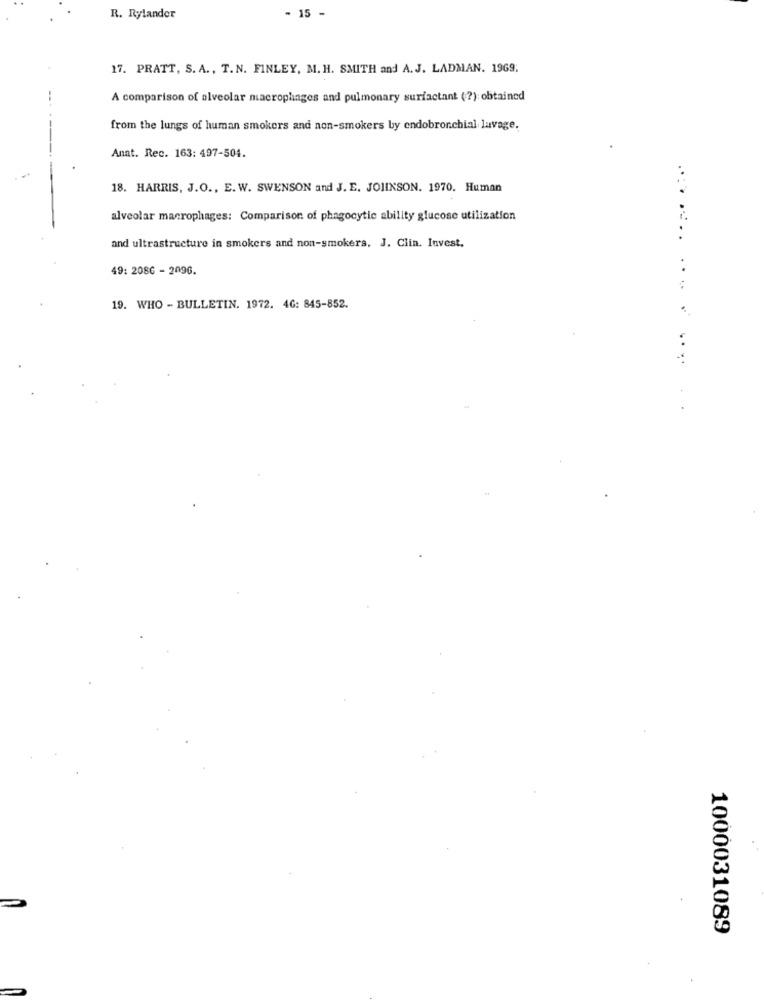
R. Rylander
15 -
17. PRATT, S. A ., T.N. FINLEY, M. H. SMITH and A.J. LADMAN. 1969;
A comparison of alveolar macrophages and pulmonary surfactant (?) obtained
from the lungs of human smokers and non-smokers by endobronchial lavage.
Anat. Rec. 163: 497-504.
18. HARRIS, J.O ., E. W. SWENSON and J. E. JOHNSON. 1970. Human
alveolar macrophages: Comparison of phagocytic ability glucose utilization
and ultrastructure in smokers and non-smokers, J. Clin. Invest.
.. .
49: 2086 - 2096.
...
19. WHO - BULLETIN. 1972. 46: 845-852.
....
1000031089